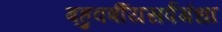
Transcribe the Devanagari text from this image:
बहुवर्षीयसर्पगंधा